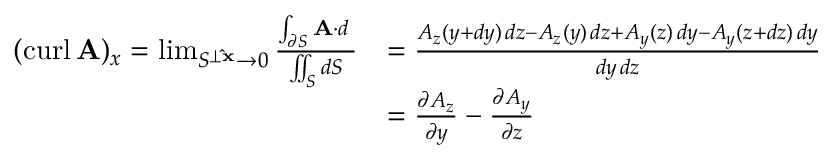
{ \begin{array} { r l } { ( \operatorname { c u r l } \mathbf { A } ) _ { x } = \operatorname* { l i m } _ { S ^ { \perp \mathbf { \hat { x } } } \to 0 } { \frac { \int _ { \partial S } \mathbf { A } \cdot d \mathbf { \ell } } { \iint _ { S } d S } } } & { = { \frac { A _ { z } ( y + d y ) \, d z - A _ { z } ( y ) \, d z + A _ { y } ( z ) \, d y - A _ { y } ( z + d z ) \, d y } { d y \, d z } } } \\ & { = { \frac { \partial A _ { z } } { \partial y } } - { \frac { \partial A _ { y } } { \partial z } } } \end{array} }